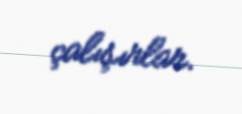
çalışırlar.